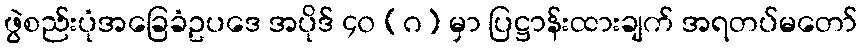
ဖွဲစည်းပုံအခြေခံဥပဒေ အပိုဒ် ၄၀ (ဂ) မှာ ပြဋ္ဌာန်းထားချက် အရတပ်မတော်